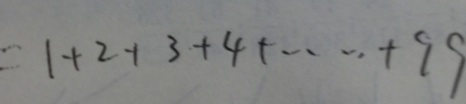
= 1 + 2 + 3 + 4 + \cdots + 9 9